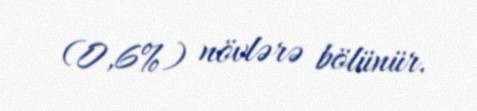
(0,6%) növlərə bölünür.